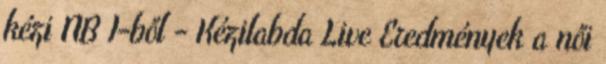
kézi NB I-ből - Kézilabda Live Eredmények a női